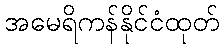
အမေရိကန်နိုင်ငံထုတ်